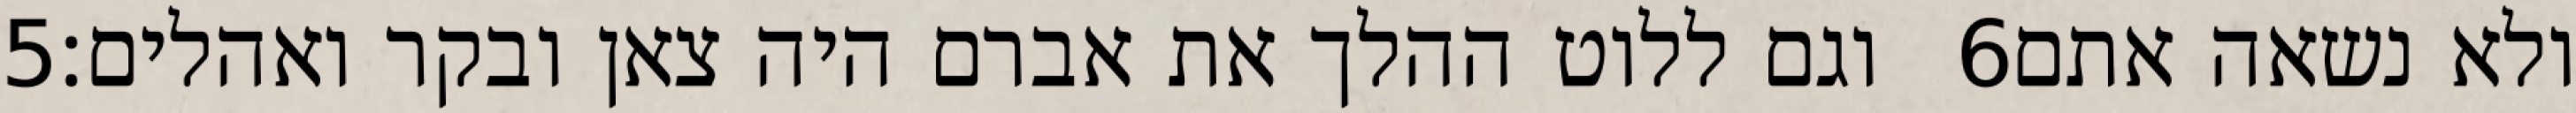
‎5‏ וגם ללוט ההלך את אברם היה צאן ובקר ואהלים׃ ‎6‏ ולא נשאה אתם